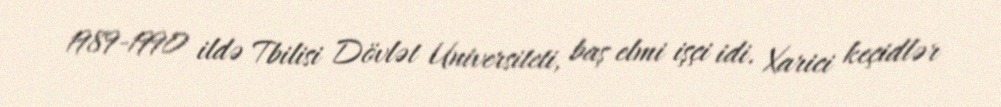
1989-1990 ildə Tbilisi Dövlət Universiteti, baş elmi işçi idi. Xarici keçidlər